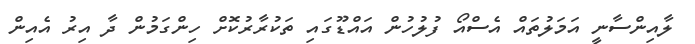
ލާއިންސާނީ އަމަލުތައް އެސްއޯ ފުލުހުން އައްޑޫގައި ތަކުރާރުކޮށް ހިންގަމުން ދާ އިރު އެއިން